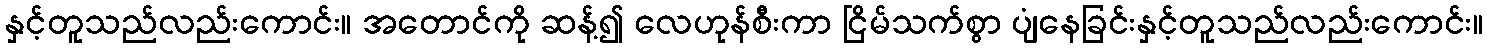
နှင့်တူသည်လည်းကောင်း။ အတောင်ကို ဆန့်၍ လေဟုန်စီးကာ ငြိမ်သက်စွာ ပျံနေခြင်းနှင့်တူသည်လည်းကောင်း။